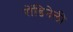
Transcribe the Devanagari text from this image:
रोंडिनेली